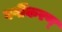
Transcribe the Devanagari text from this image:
वर्गीकरण्